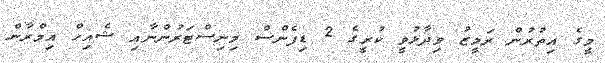
މީގެ އިތުރުން ރަމީޒު ވިދާޅުވީ ކުރީގެ 2 ޑިފެންސް މިނިސްޓަރުންނާއި ޝެއިހް އިމްރާން